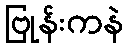
ဗြုန်းကနဲ